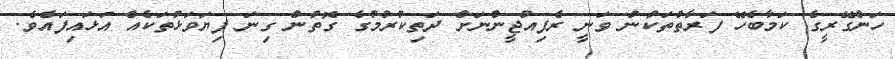
ހަންގޭރީގެ ކަމާބެހޭ ފަރާތްތަކުން ވަނީ ރެފިއުޖީންނަށް ދަތިކުރުމުގެ ގޮތުން ގިނަ ފިޔަވަޅުތަކެއް އަޅައިފައެވެ.